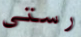
رستي